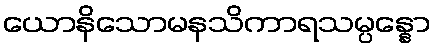
ယောနိသောမနသိကာရသမ္ပန္နော